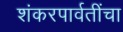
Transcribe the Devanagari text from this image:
शंकरपार्वतींचा